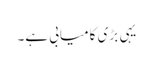
یہی بڑی کامیابی ہے۔